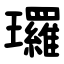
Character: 㼈